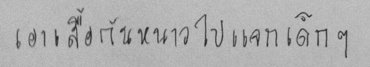
เอาเสื้อกันหนาวไปแจกเด็กๆ